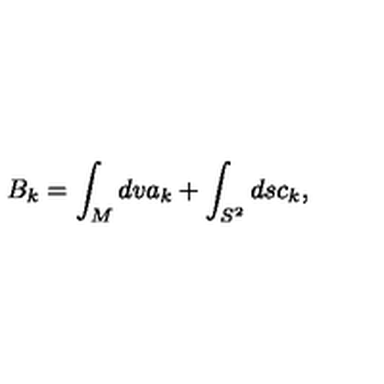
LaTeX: B _ { k } = \int _ { M } d v a _ { k } + \int _ { S ^ { 2 } } d s c _ { k } ,